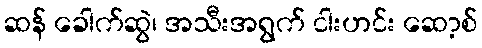
ဆန် ခေါက်ဆွဲ၊ အသီးအရွက် ငါးဟင်း ဆော့စ်